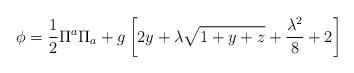
LaTeX: \begin{align*}\phi=\frac{1}{2}\Pi^a\Pi_a+g\left[2y+\lambda\sqrt{1+y+z}+\frac{\lambda^2}{8}+2\right]\end{align*}